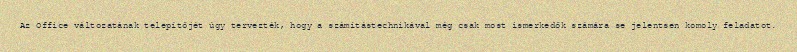
Az Office változatának telepítőjét úgy tervezték, hogy a számítástechnikával még csak most ismerkedők számára se jelentsen komoly feladatot.